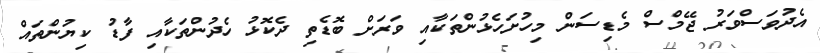
އެދުވަސްވަރު ޖޭމްސް މެޑިސަން މިހުށަހެޅުންތަކާއި ވަރަށް ބޮޑެތި ދެކޮޅު ހެދުންތަކާއި ފާޑު ކިޔުންތައް